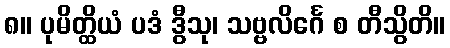
၈။ ပုမိတ္ထိယံ ပဒံ ဒွီသု၊ သဗ္ဗလိင်္ဂေ စ တီသွိတိ။